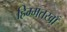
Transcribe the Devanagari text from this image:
हिम्मतखाँ